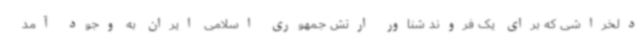
دلخراشی که برای یک فروند شناور ارتش جمهوری اسلامی ایران به وجود آمد